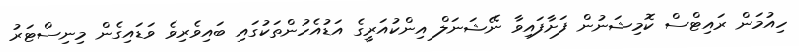
ހިއުމަން ރައިޓްސް ކޮމިޝަނުން ފަށާފައިވާ ނޭޝަނަލް އިންކުއަރީގެ އަޑުއެހުންތަކުގައި ބައިވެރިވެ ވަޑައިގެން މިނިސްޓަރު